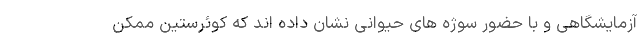
آزمایشگاهی و با حضور سوژه های حیوانی نشان داده اند که کوئرستین ممکن